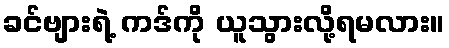
ခင်ဗျားရဲ့ ကဒ်ကို ယူသွားလို့ရမလား။